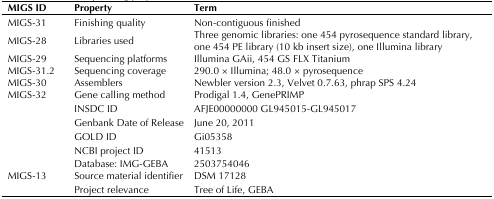
| MIGS ID | Property | Term |
 | --- | --- | --- |
 | MIGS-31 | Finishing quality | Non-contiguous finished |
 | MIGS-28 | Libraries used | Three genomic libraries: one 454 pyrosequence standard library,one 454 PE library (10 kb insert size), one Illumina library |
 | MIGS-29 | Sequencing platforms | Illumina GAii, 454 GS FLX Titanium |
 | MIGS-31.2 | Sequencing coverage | 290.0 × Illumina; 48.0 × pyrosequence |
 | MIGS-30 | Assemblers | Newbler version 2.3, Velvet 0.7.63, phrap SPS 4.24 |
 | MIGS-32 | Gene calling method | Prodigal 1.4, GenePRIMP |
 |  | INSDC ID | AFJE00000000 GL945015-GL945017 |
 |  | Genbank Date of Release | June 20, 2011 |
 |  | GOLD ID | Gi05358 |
 |  | NCBI project ID | 41513 |
 |  | Database: IMG-GEBA | 2503754046 |
 | MIGS-13 | Source material identifier | DSM 17128 |
 |  | Project relevance | Tree of Life, GEBA |